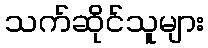
သက်ဆိုင်သူများ